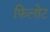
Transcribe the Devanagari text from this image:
फ़िलोट